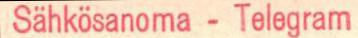
Sähkösanoma - Telegram